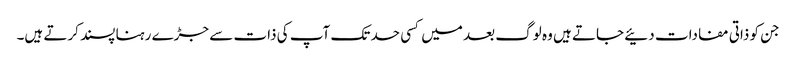
جن کو ذاتی مفادات دئیے جاتے ہیں وہ لوگ بعد میں کسی حد تک آپ کی ذات سے جڑے رہنا پسند کرتے ہیں۔